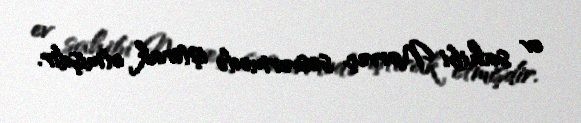
ev sahibi Norveç səsvermədə iştirak etmişdir.